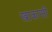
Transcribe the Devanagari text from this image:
खाकासी